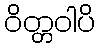
ဝိတ္တဝါပိ